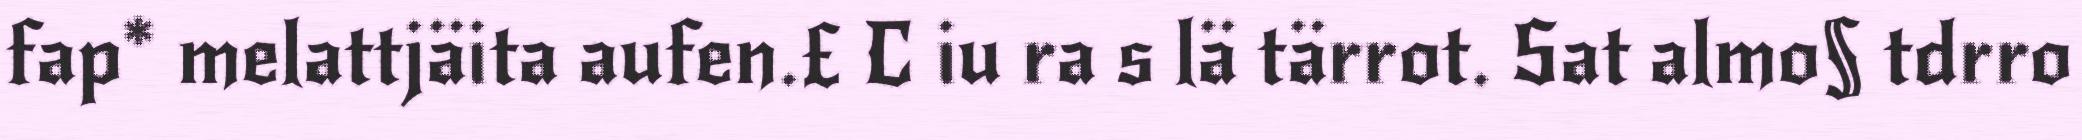
fap* melattjäita aufen.£ C iu ra s lä tärrot. Sat almo§ tdrro